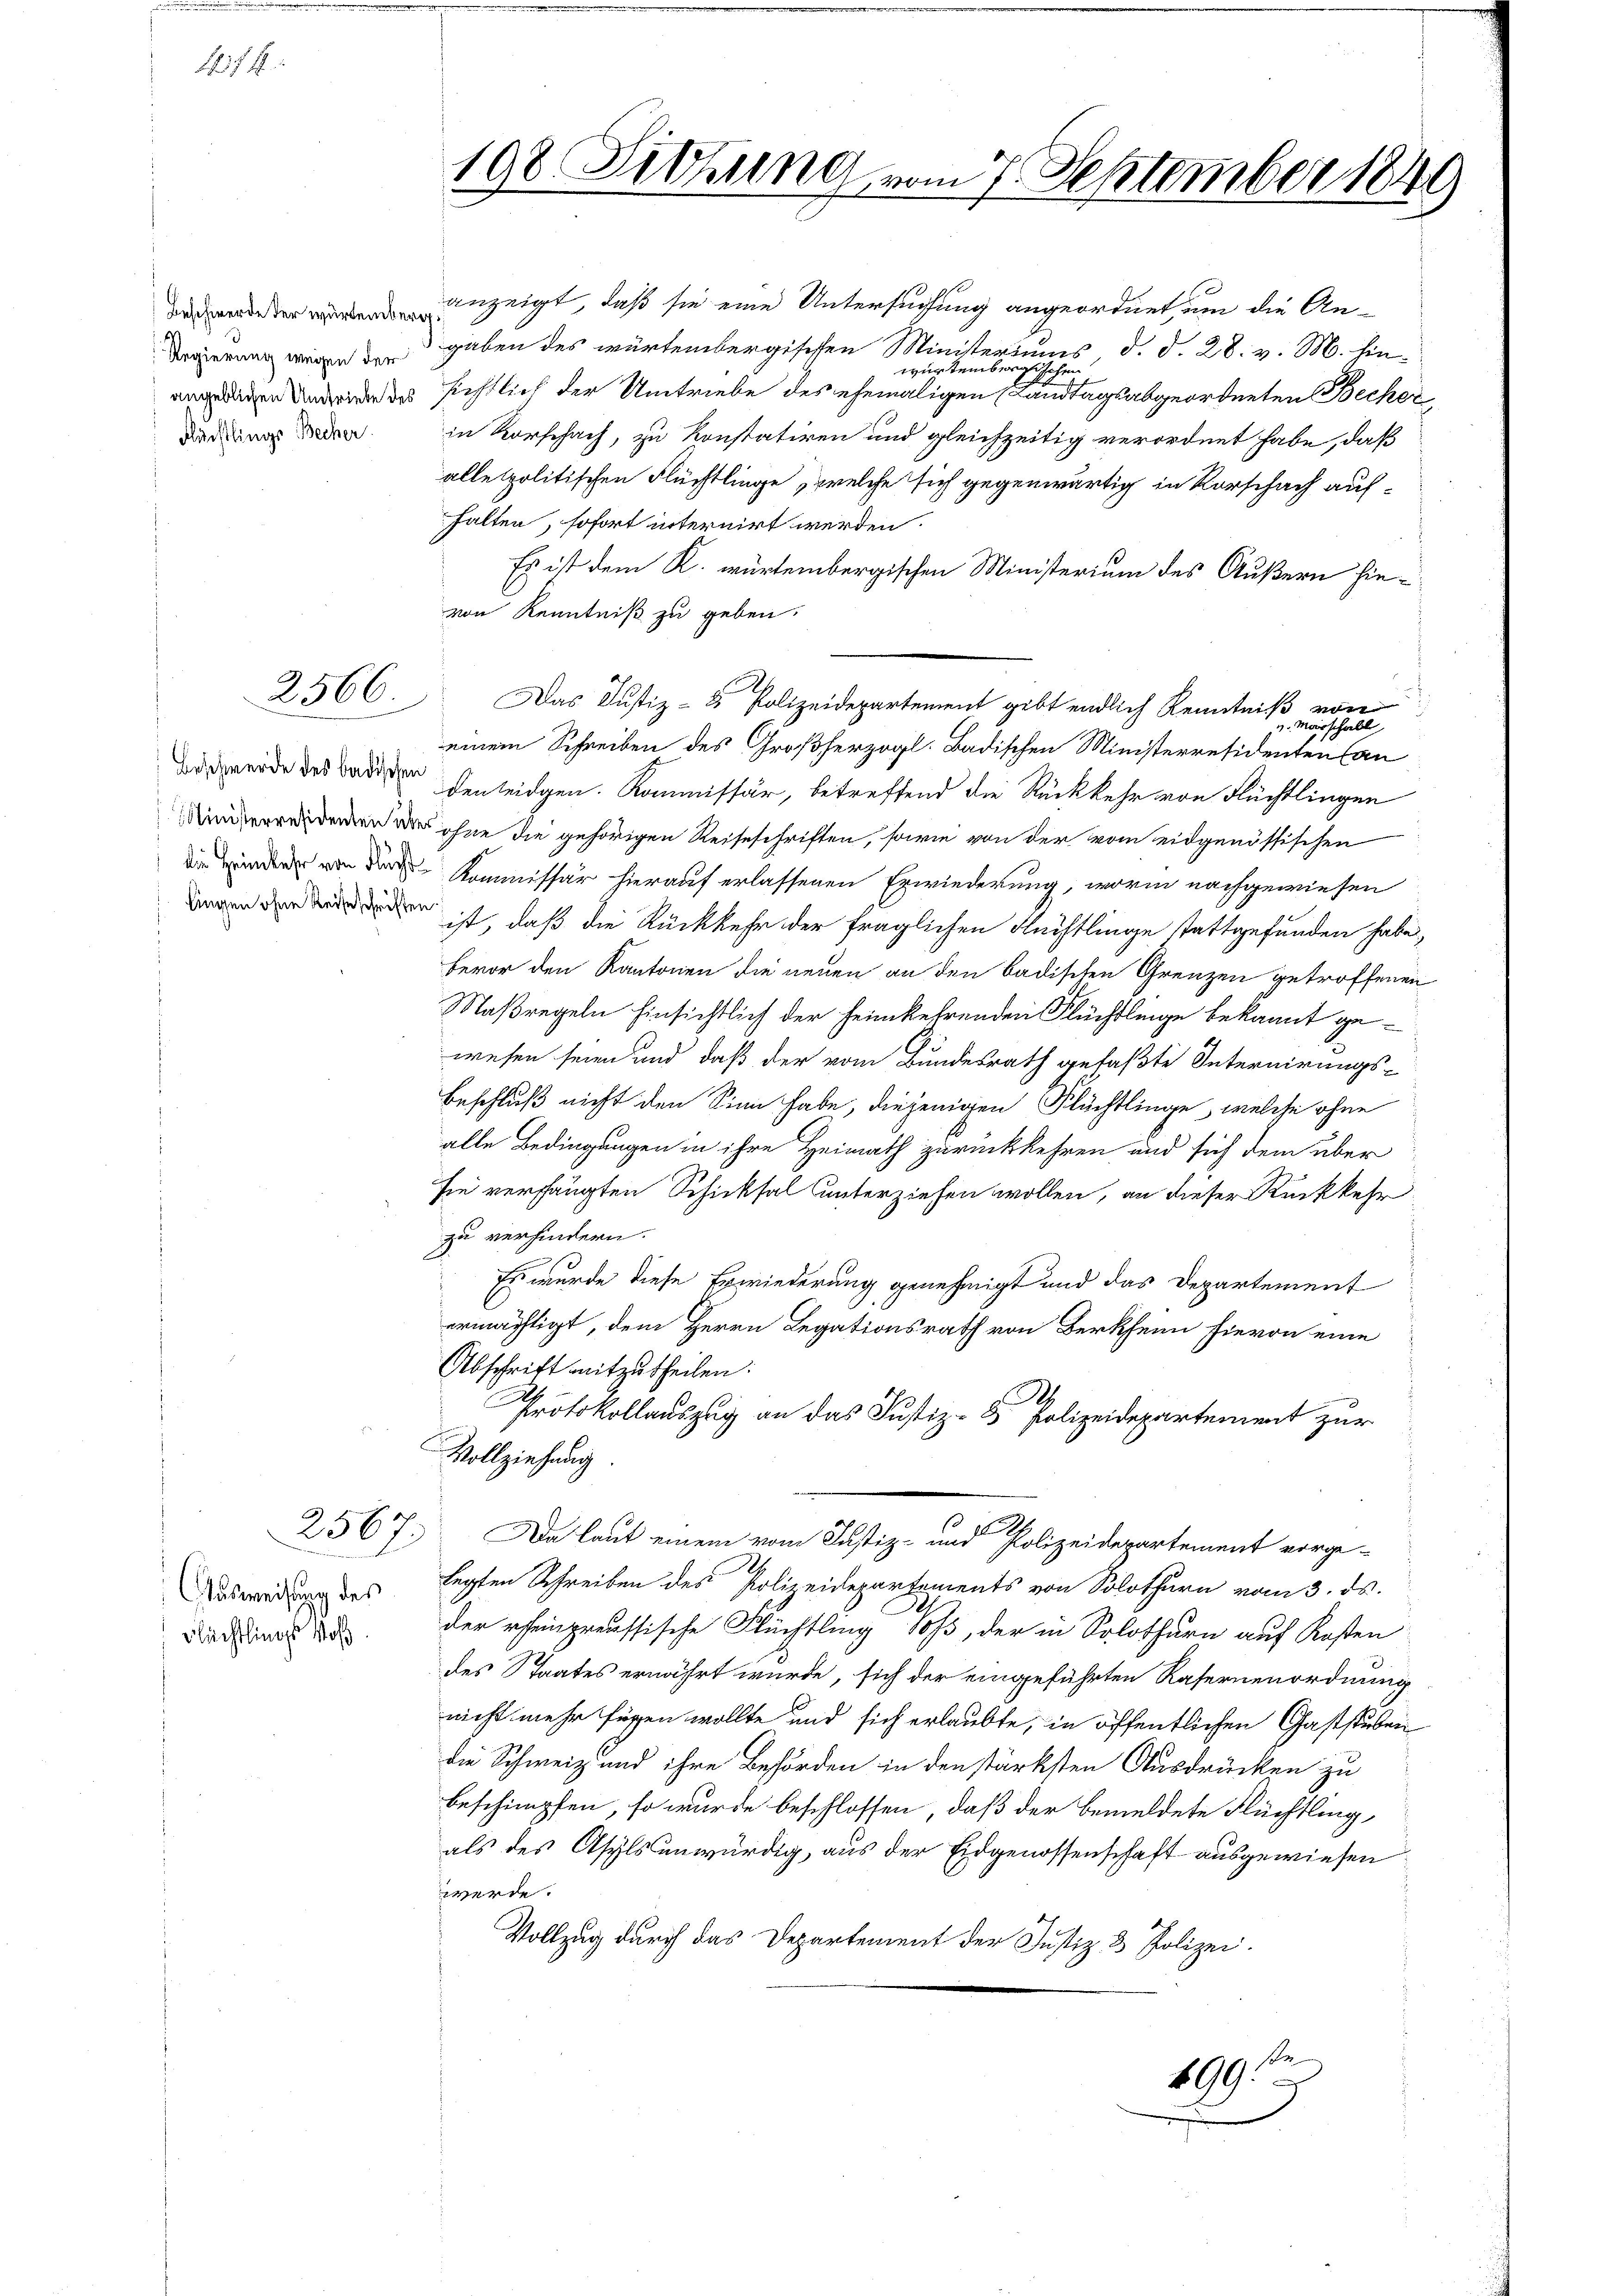
No. 18

Fürstlings Becher

Beschwerde des badischen

Ausweisung des
Flüchtlings Woh

wderen anzeigt, daß sie eine Untersuchung angeordnet, um die Andrigerung wegengaben des würtembergischen Ministeriums, d. d. 28. v. M. hinwürtembergischen
e sichtlich der Umtriebe des ehemaligen Landtagsabgeordneten Becker
in Vorschach, zu konstatiren und gleichzeitig verordnet habe, daß
alle politischen Flüchtlinge, welche sich gegenwärtig in Vorschach aufhalten, sofort internirt werden.
Es ist dem K. würtembergischen Ministerium des Äußern hievon Kenntniß zu geben.
einem Schreiben des Großherzogl. Badischen Ministerresidenten Can
den leidgen. Kommissär, betreffend die Rückkehr von Flüchtlingen
d ohne die gehörigen Reiseschriften, sowie von der vom eidgenössischen
 Kommissär hierauf erlassenen Erwiederung, worin nachgewiesen
e ist, daß die Rückkehr der fraglichen Flüchtlinge stattgefunden habe,
bevor den Kantonen die neuen an den badischen Grenzen getroffenen
Maßregeln hinsichtlich der heimkehrenden Flüchtlinge bekannt gewesen seien und daß der vom Bundesrath gefaßte Internirungs¬
Beschluß nicht den Sinn habe, diejenigen Flüchtlinge, welche ohne
alle Bedingungen in ihre Heimath zurückkehren und sich dem über
sie verhängten Schicksal unterziehen wollen, an dieser Rückkehr
zu verhindern.
Es wurde diese Erwiederung genehmigt und das Departement
ermächtigt, dem Herrn Legationsrath von Berkheim hievon eine
Abschrift mitzutheilen.
Protokollauszug an das Justiz- & Polizeidepartement zur
Vollziehung.
2567. Da laut einem vom Justiz- und Polizeidepartement vorge-
legten Schreiben des Polizeidepartements von Solothurn vom 3. ds.
der rheinpreussische Flüchtling Soß, der in Solothurn auf Kosten
des Staates ernährt wurde, sich der eingeführten Rasernenordnung
nicht mehr fügen wollte und sich erlaubte, in öffentlichen Gaststuben
die Schweiz und ihre Behörden in den stärksten Ausdrücken zu
beschimpfen, so wurde beschlossen, daß der bemeldete Flüchtling,
als des Asyls unwürdig, aus der Eidgenossenschaft ausgewiesen.
werde.
Vollzug durch das Departement der Justiz- & Polizei.

198. Dietung vom 7. September 1849

2566. Das Justiz- & Polizeidepartement gibt endlich Kenntniß von

u. Marschall

son
499: